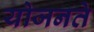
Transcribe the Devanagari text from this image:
योजनते